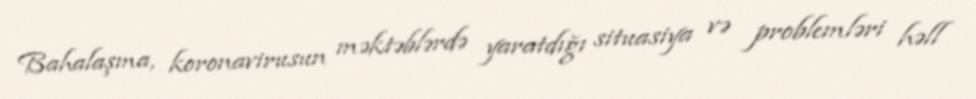
Bahalaşma, koronavirusun məktəblərdə yaratdığı situasiya və problemləri həll